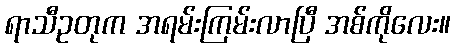
ရာသီဥတုက အရမ်းကြမ်းလာပြီ အစ်ကိုလေး။